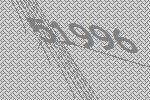
51996